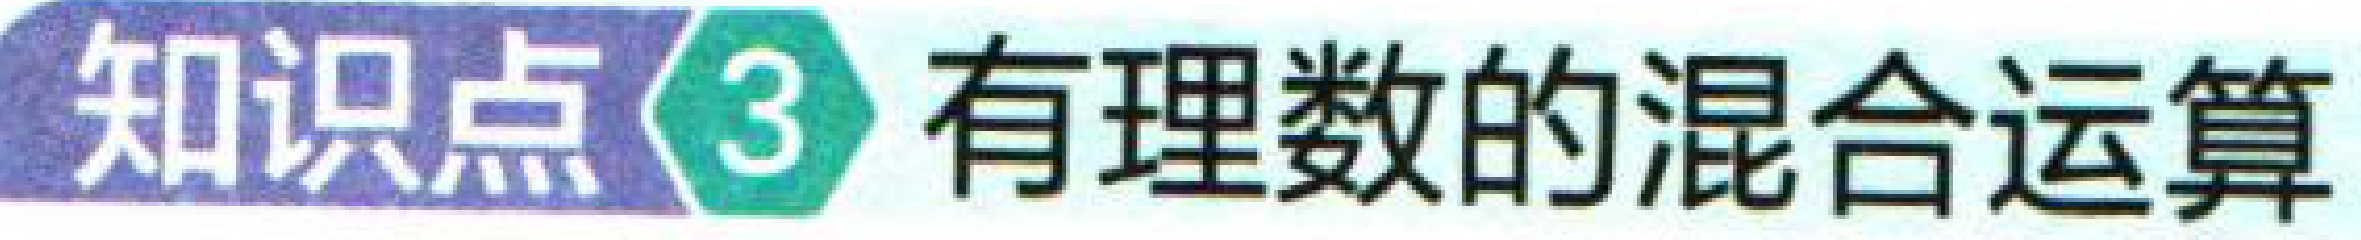
知识点\(3\) 有理数的混合运算